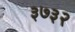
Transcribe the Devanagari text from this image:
३७३२